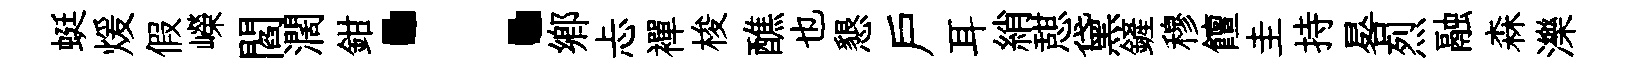
蜓煖假嶸閻濶鉗：鄉忐襌梭醮也懇戸耳綃憇黛鏟穆饘圭持晷烈融森濼